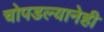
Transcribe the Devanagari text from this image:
चोपडल्यानेही